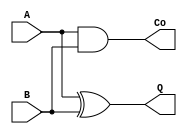
/*
    Half Adder simulation on verilog
*/

module HA (A, B, Q, Co);
    // Inputs
    input wire A, B;

    // Outputs
    output wire Q, Co;

    // Definition
    xor
        XOR1(Q, A, B);

    and
        AND1(Co, A, B);

endmodule